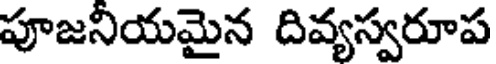
పూజనియమైన దివ్యస్వరూప